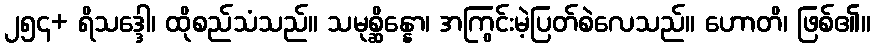
၂၅၄+ ရိသဒ္ဒေါ၊ ထိုစည်သံသည်။ သမုစ္ဆိန္နော၊ အကြွင်းမဲ့ပြတ်စဲလေသည်။ ဟောတိ၊ ဖြစ်၏။